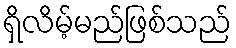
ရှိလိမ့်မည်ဖြစ်သည်